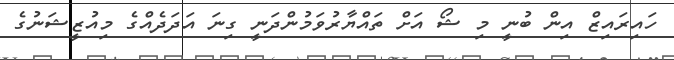
ހައިރައިޒް އިން ބުނީ މި ޝޯ އަށް ތައްޔާރުވަމުންދަނީ ގިނަ އަދަދެއްގެ މިއުޒީޝަނުގެ